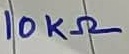
Text: 10KΩ